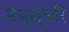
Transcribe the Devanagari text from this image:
नेव्स्की